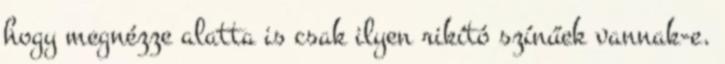
hogy megnézze alatta is csak ilyen rikító színűek vannak-e.